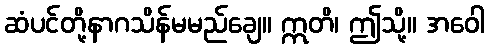
ဆံပင်တို့နာဂသိန်မမည်ချေ။ ဣတိ၊ ဤသို့။ အဝေါ